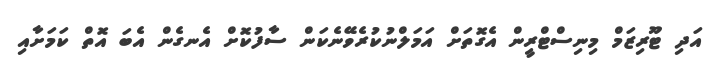
އަދި ޓޫރިޒަމް މިނިސްޓްރީން އެގޮތަށް އަމަލްނުކުރެވޭނެކަން ސާފުކޮށް އެނގެން އެބަ އޮތް ކަމަށާއި